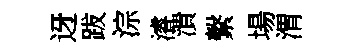
迓跋淙濬潰繫場渭